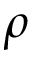
\rho